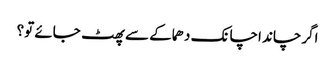
اگرچاند اچانک دھماکے سے پھٹ جائے تو؟